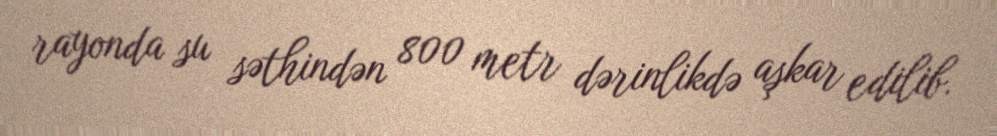
rayonda su səthindən 800 metr dərinlikdə aşkar edilib.